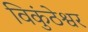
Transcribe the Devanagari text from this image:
विकुंठेश्वर